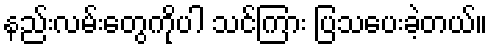
နည်းလမ်းတွေကိုပါ သင်ကြား ပြသပေးခဲ့တယ်။